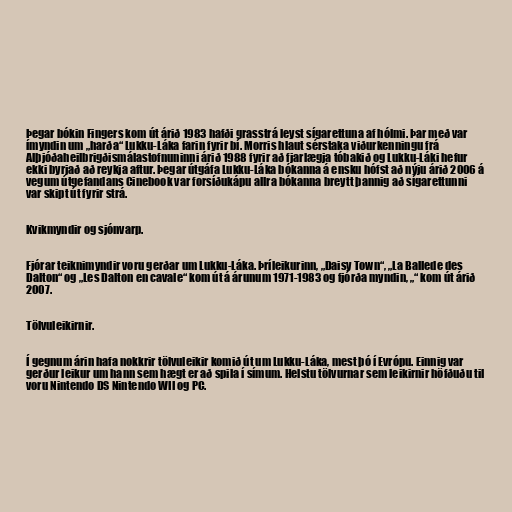
Þegar bókin Fingers kom út árið 1983 hafði grasstrá leyst sígarettuna af hólmi. Þar með var
ímyndin um „harða“ Lukku-Láka farin fyrir bí. Morris hlaut sérstaka viðurkenningu frá
Alþjóðaheilbrigðismálastofnuninni árið 1988 fyrir að fjarlægja tóbakið og Lukku-Láki hefur
ekki byrjað að reykja aftur. Þegar útgáfa Lukku-Láka bókanna á ensku hófst að nýju árið 2006 á
vegum útgefandans Cinebook var forsíðukápu allra bókanna breytt þannig að sígarettunni
var skipt út fyrir strá.

Kvikmyndir og sjónvarp.

Fjórar teiknimyndir voru gerðar um Lukku-Láka. Þríleikurinn, „Daisy Town“, „La Ballede des
Dalton“ og „Les Dalton en cavale“ kom út á árunum 1971-1983 og fjórða myndin, „“ kom út árið
2007.

Tölvuleikirnir.

Í gegnum árin hafa nokkrir tölvuleikir komið út um Lukku-Láka, mest þó í Evrópu. Einnig var
gerður leikur um hann sem hægt er að spila í símum. Helstu tölvurnar sem leikirnir höfðuðu til
voru Nintendo DS Nintendo WII og PC.